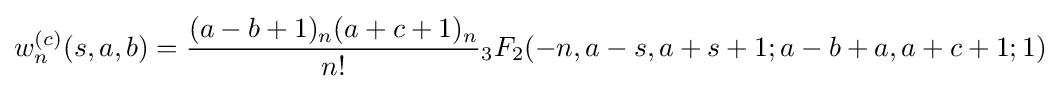
w_{n}^{(c)}(s,a,b)={\frac {(a-b+1)_{n}(a+c+1)_{n}}{n!}}{}_{3}F_{2}(-n,a-s,a+s+1;a-b+a,a+c+1;1)